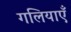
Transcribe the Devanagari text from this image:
गलियाएँ